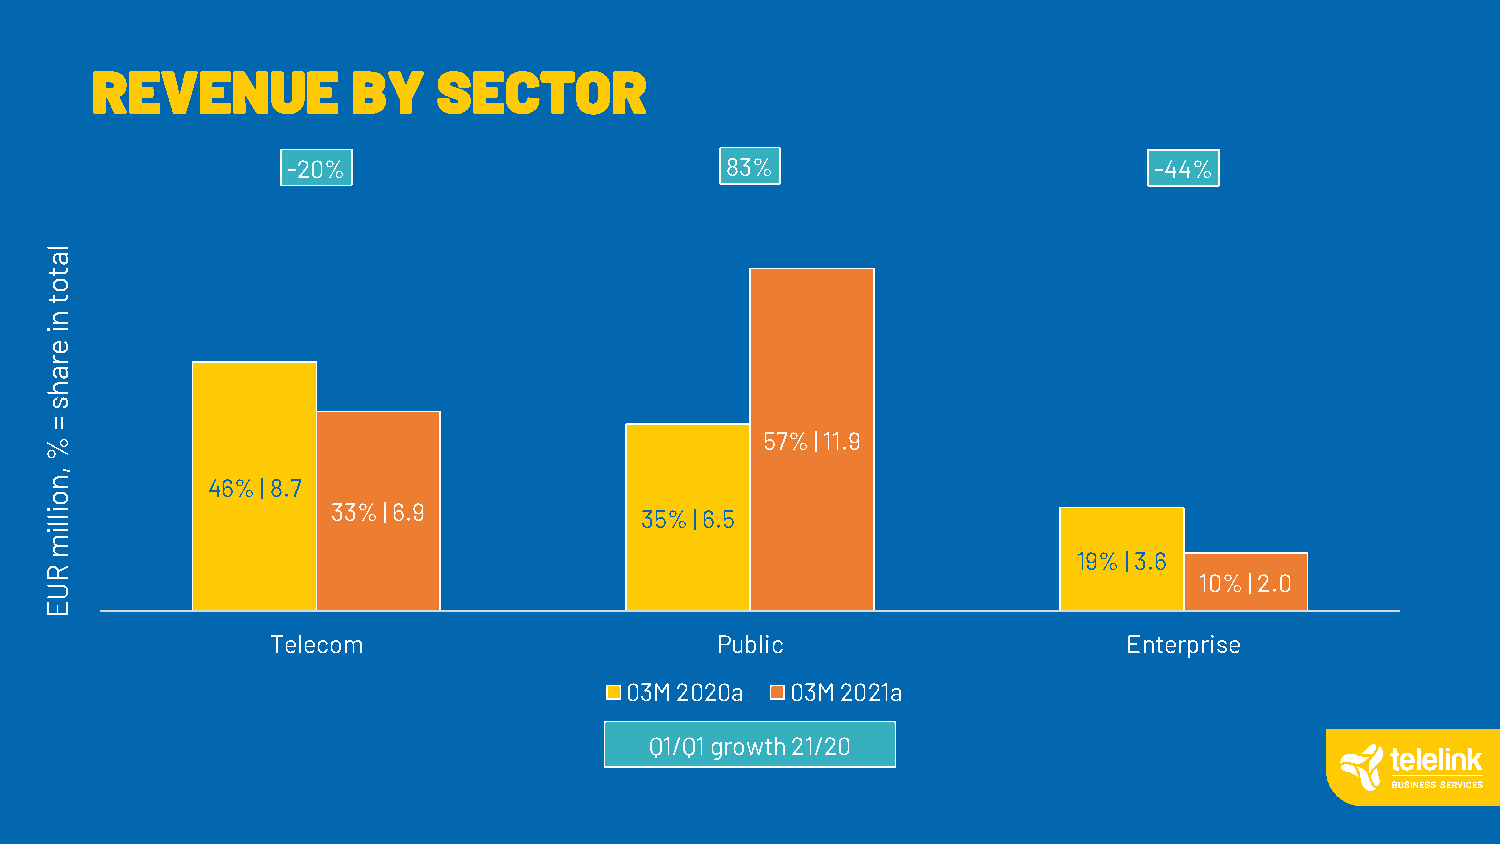
REVENUE          BY    SECTOR
 -20%                         83%                         -44%
 l
 a
 t
 o
 t
 n
 i
 e
 r
 a
 h
 s
 =
 %                                               57%| 11.9
 ,
 n          46%| 8.7
 o
 i l                33%| 6.9            35%| 6.5
 l
 i
 m
 19%| 3.6
 R
 10%| 2.0
 U
 E
 Telecom                      Public                      Enterprise
 03M 2020a  03M 2021a
 Q1/Q1 growth 21/20